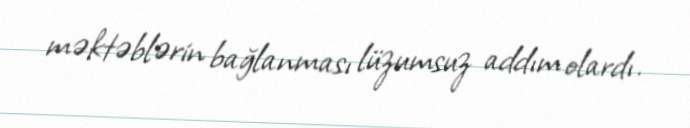
məktəblərin bağlanması lüzumsuz addım olardı.